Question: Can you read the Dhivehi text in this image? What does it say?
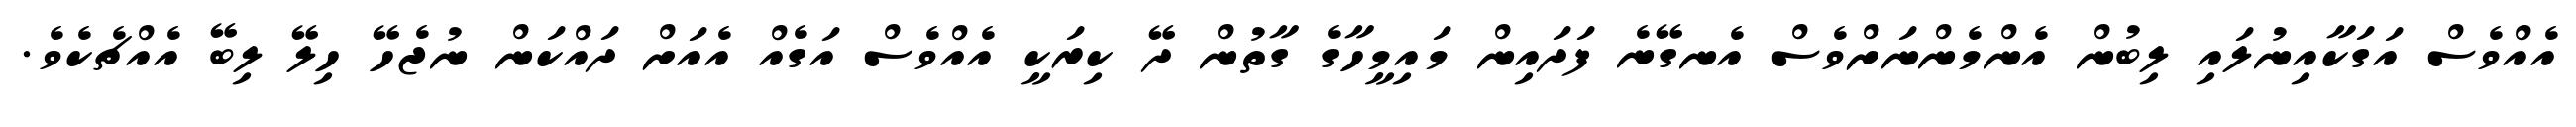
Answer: އެއްވެސް އަގަކާއިނުލައި ލިބުން އެންމެންނަށްވެސް އެނގޭނެ ފަދައިން މައިމީހާގެ ގާތުން ދޭ ކިރަކީ އެއްވެސް އަގެއް އެއަށް ދައްކަން ނުޖެހޭ ހިލޭ ލިބޭ އެއްޗެކެވެ.